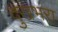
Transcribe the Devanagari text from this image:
दुखभरा